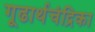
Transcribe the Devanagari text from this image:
गूढार्थचंद्रिका